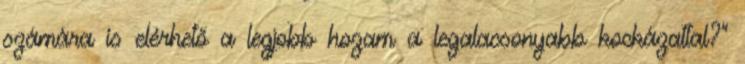
számára is elérhető a legjobb hozam a legalacsonyabb kockázattal?”